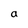
Character: a